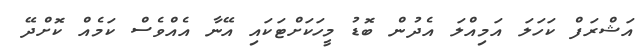
އަޝްރަފް ކަހަލަ އަމިއްލަ އެދުން ބޮޑު މީހަކަށްޓަކައި އޭނާ އެއްވެސް ކަމެއް ކޮށްދޭ